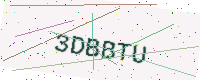
Text: 3DBBTU